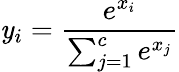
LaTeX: \mathit{y}_{i}={\frac{{e^{x_{i}}}}{{\sum_{j=1}^{c}e^{x_{j}}}}}